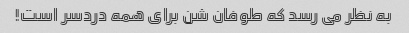
به نظر می رسد که طوفان شن برای همه دردسر است!